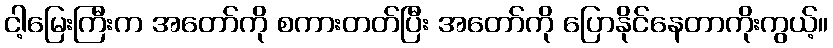
ငါ့မြေးကြီးက အတော်ကို စကားတတ်ပြီး အတော်ကို ပြောနိုင်နေတာကိုးကွယ့်။